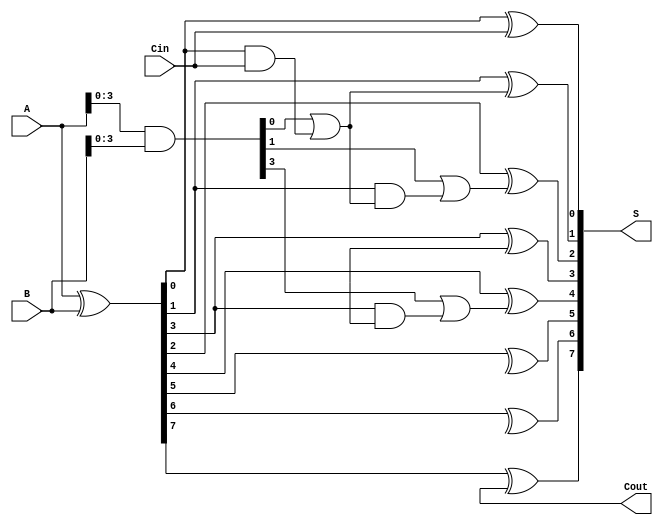
module KoggeStoneAdder #(parameter n = 8) (
    input [n-1:0] A,     // First input
    input [n-1:0] B,     // Second input
    input Cin,           // Carry-in
    output [n-1:0] S,    // Sum output
    output Cout          // Carry-out
);

    // Generate and Propagate signals
    wire [n-1:0] G; // Generate
    wire [n-1:0] P; // Propagate
    wire [n:0] C;   // Carry

    // Level 0: Generate and Propagate
    assign G = A & B;          // Generate
    assign P = A ^ B;          // Propagate

    // Level 1: Carry generation
    genvar i;
    generate
        for (i = 1; i < n; i = i * 2) begin : carry_gen_level1
            assign C[i] = G[i-1] | (P[i-1] & C[i-1]);
        end
    endgenerate

    // Level 2: Carry generation
    generate
        for (i = 2; i < n; i = i * 2) begin : carry_gen_level2
            assign C[i] = G[i-1] | (P[i-1] & C[i-1]);
        end
    endgenerate

    // Level 3: Carry generation
    generate
        for (i = 4; i < n; i = i * 2) begin : carry_gen_level3
            assign C[i] = G[i-1] | (P[i-1] & C[i-1]);
        end
    endgenerate

    // Final carry out
    assign C[0] = Cin; // Carry-in
    assign Cout = C[n-1];

    // Final sum calculation
    generate
        for (i = 0; i < n; i = i + 1) begin : sum_calc
            assign S[i] = P[i] ^ C[i];
        end
    endgenerate

endmodule